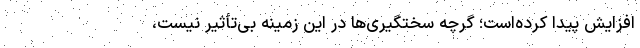
افزایش پیدا کرده‌است؛ گرچه سختگیری‌ها در این زمینه بی‌تأثیر نیست،